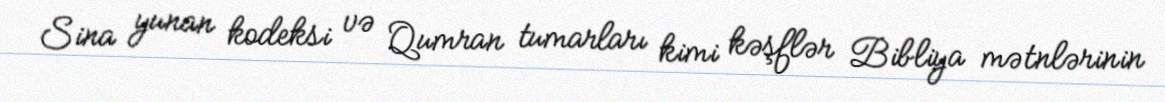
Sina yunan kodeksi və Qumran tumarları kimi kəşflər Bibliya mətnlərinin